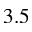
3 . 5